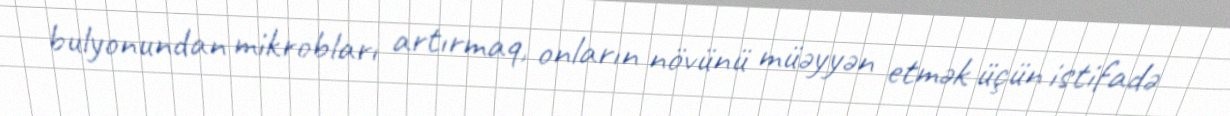
bulyonundan mikrobları artırmaq, onların növünü müəyyən etmək üçün istifadə